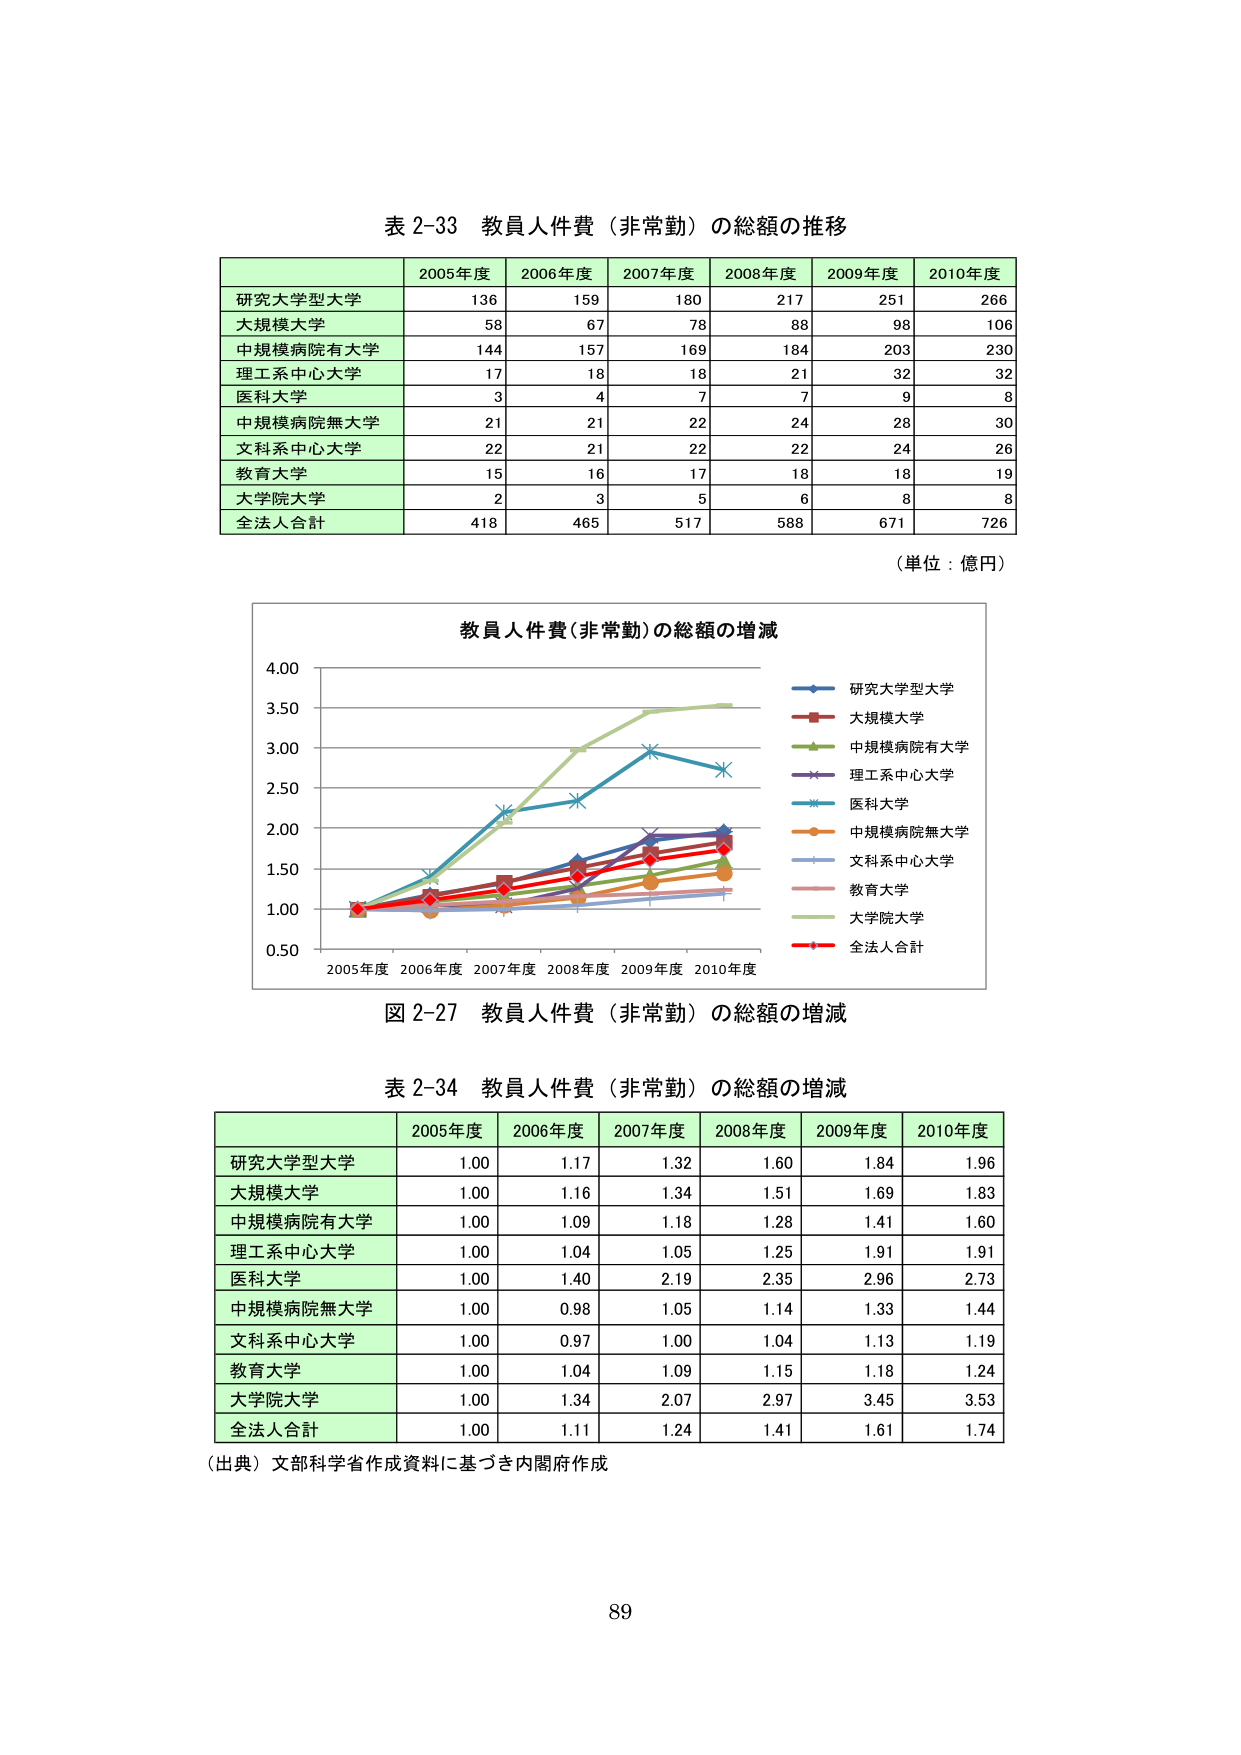
表 2-33 教員人件費（非常勤）の総額の推移

2005年度 2006年度 2007年度 2008年度 2009年度 2010年度
研究大学型大学 136 159 180 217 251 266
大規模大学 58 67 78 88 98 106
中規模病院有大学 144 157 169 184 203 230
理工系中心大学 17 18 18 21 32 32
医科大学 3 4 7 7 9 8
中規模病院無大学 21 21 22 24 28 30
文科系中心大学 22 21 22 22 24 26
教育大学 15 16 17 18 18 19
大学院大学 2 3 5 6 8 8
全法人合計 418 465 517 588 671 726

（単位：億円）

教員人件費（非常勤）の総額の増減
0.50 1.00 1.50 2.00 2.50 3.00 3.50 4.00
2005年度 2006年度 2007年度 2008年度 2009年度 2010年度
研究大学型大学
大規模大学
中規模病院有大学
理工系中心大学
医科大学
中規模病院無大学
文科系中心大学
教育大学
大学院大学
全法人合計

図 2-27 教員人件費（非常勤）の総額の増減

表 2-34 教員人件費（非常勤）の総額の増減

2005年度 2006年度 2007年度 2008年度 2009年度 2010年度
研究大学型大学 1.00 1.17 1.32 1.60 1.84 1.96
大規模大学 1.00 1.16 1.34 1.51 1.69 1.83
中規模病院有大学 1.00 1.09 1.18 1.28 1.41 1.60
理工系中心大学 1.00 1.04 1.05 1.25 1.91 1.91
医科大学 1.00 1.40 2.19 2.35 2.96 2.73
中規模病院無大学 1.00 0.98 1.05 1.14 1.33 1.44
文科系中心大学 1.00 0.97 1.00 1.04 1.13 1.19
教育大学 1.00 1.04 1.09 1.15 1.18 1.24
大学院大学 1.00 1.34 2.07 2.97 3.45 3.53
全法人合計 1.00 1.11 1.24 1.41 1.61 1.74

（出典）文部科学省作成資料に基づき内閣府作成

89